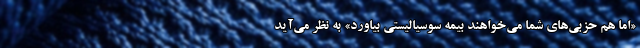
«اما هم حزبی‌های شما می‌خواهند بیمه سوسیالیستی بیاورد» به نظر می‌آید